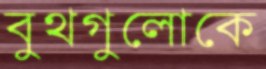
বুথগুলোকে